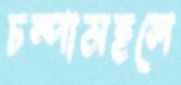
চম্পামহলে